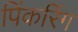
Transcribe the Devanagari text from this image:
पिंकरिंग